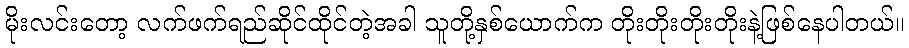
မိုးလင်းတော့ လက်ဖက်ရည်ဆိုင်ထိုင်တဲ့အခါ သူတို့နှစ်ယောက်က တိုးတိုးတိုးတိုးနဲ့ဖြစ်နေပါတယ်။